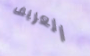
العريف